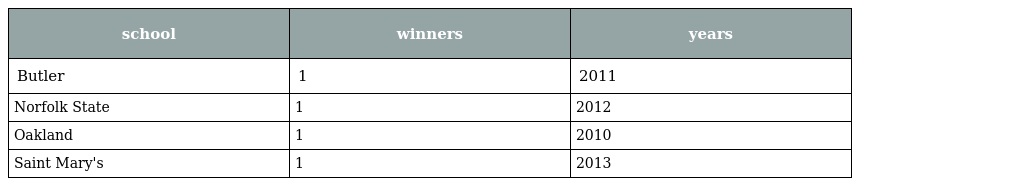
| school | winners | years |
 | --- | --- | --- |
 | Butler | 1 | 2011 |
 | Norfolk State | 1 | 2012 |
 | Oakland | 1 | 2010 |
 | Saint Mary's | 1 | 2013 |